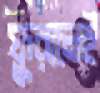
ফুরালেই